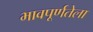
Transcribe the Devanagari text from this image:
भावपूर्णतेला